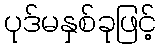
ပုဒ်မနှစ်ခုဖြင့်